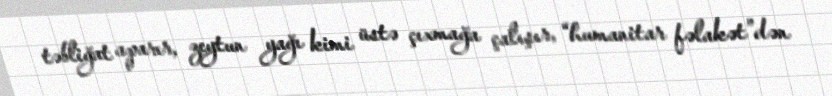
təbliğat aparır, zeytun yağı kimi üstə çıxmağa çalışır, “humanitar fəlakət”dən